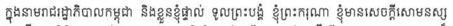
ក្នុងនាមរាជរដ្ឋាភិបាលកម្ពុជា និងខ្លួនខ្ញុំផ្ទាល់ ទូលព្រះបង្គំ ខ្ញុំព្រះករុណា ខ្ញុំមានសេចក្តីសោមនស្ស